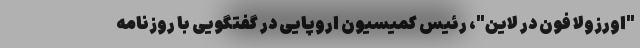
"اورزولا فون در لاین"، رئیس کمیسیون اروپایی در گفتگویی با روزنامه